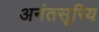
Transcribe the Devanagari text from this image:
अनंतसूरिय